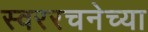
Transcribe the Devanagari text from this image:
स्वररचनेच्या